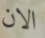
الان